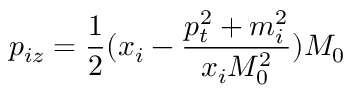
p _ { i z } = \frac { 1 } { 2 } ( x _ { i } - \frac { p _ { t } ^ { 2 } + m _ { i } ^ { 2 } } { x _ { i } M _ { 0 } ^ { 2 } } ) M _ { 0 }